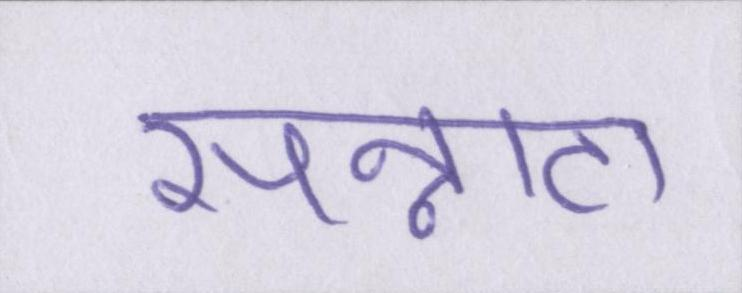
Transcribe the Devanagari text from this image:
सन्नाटा